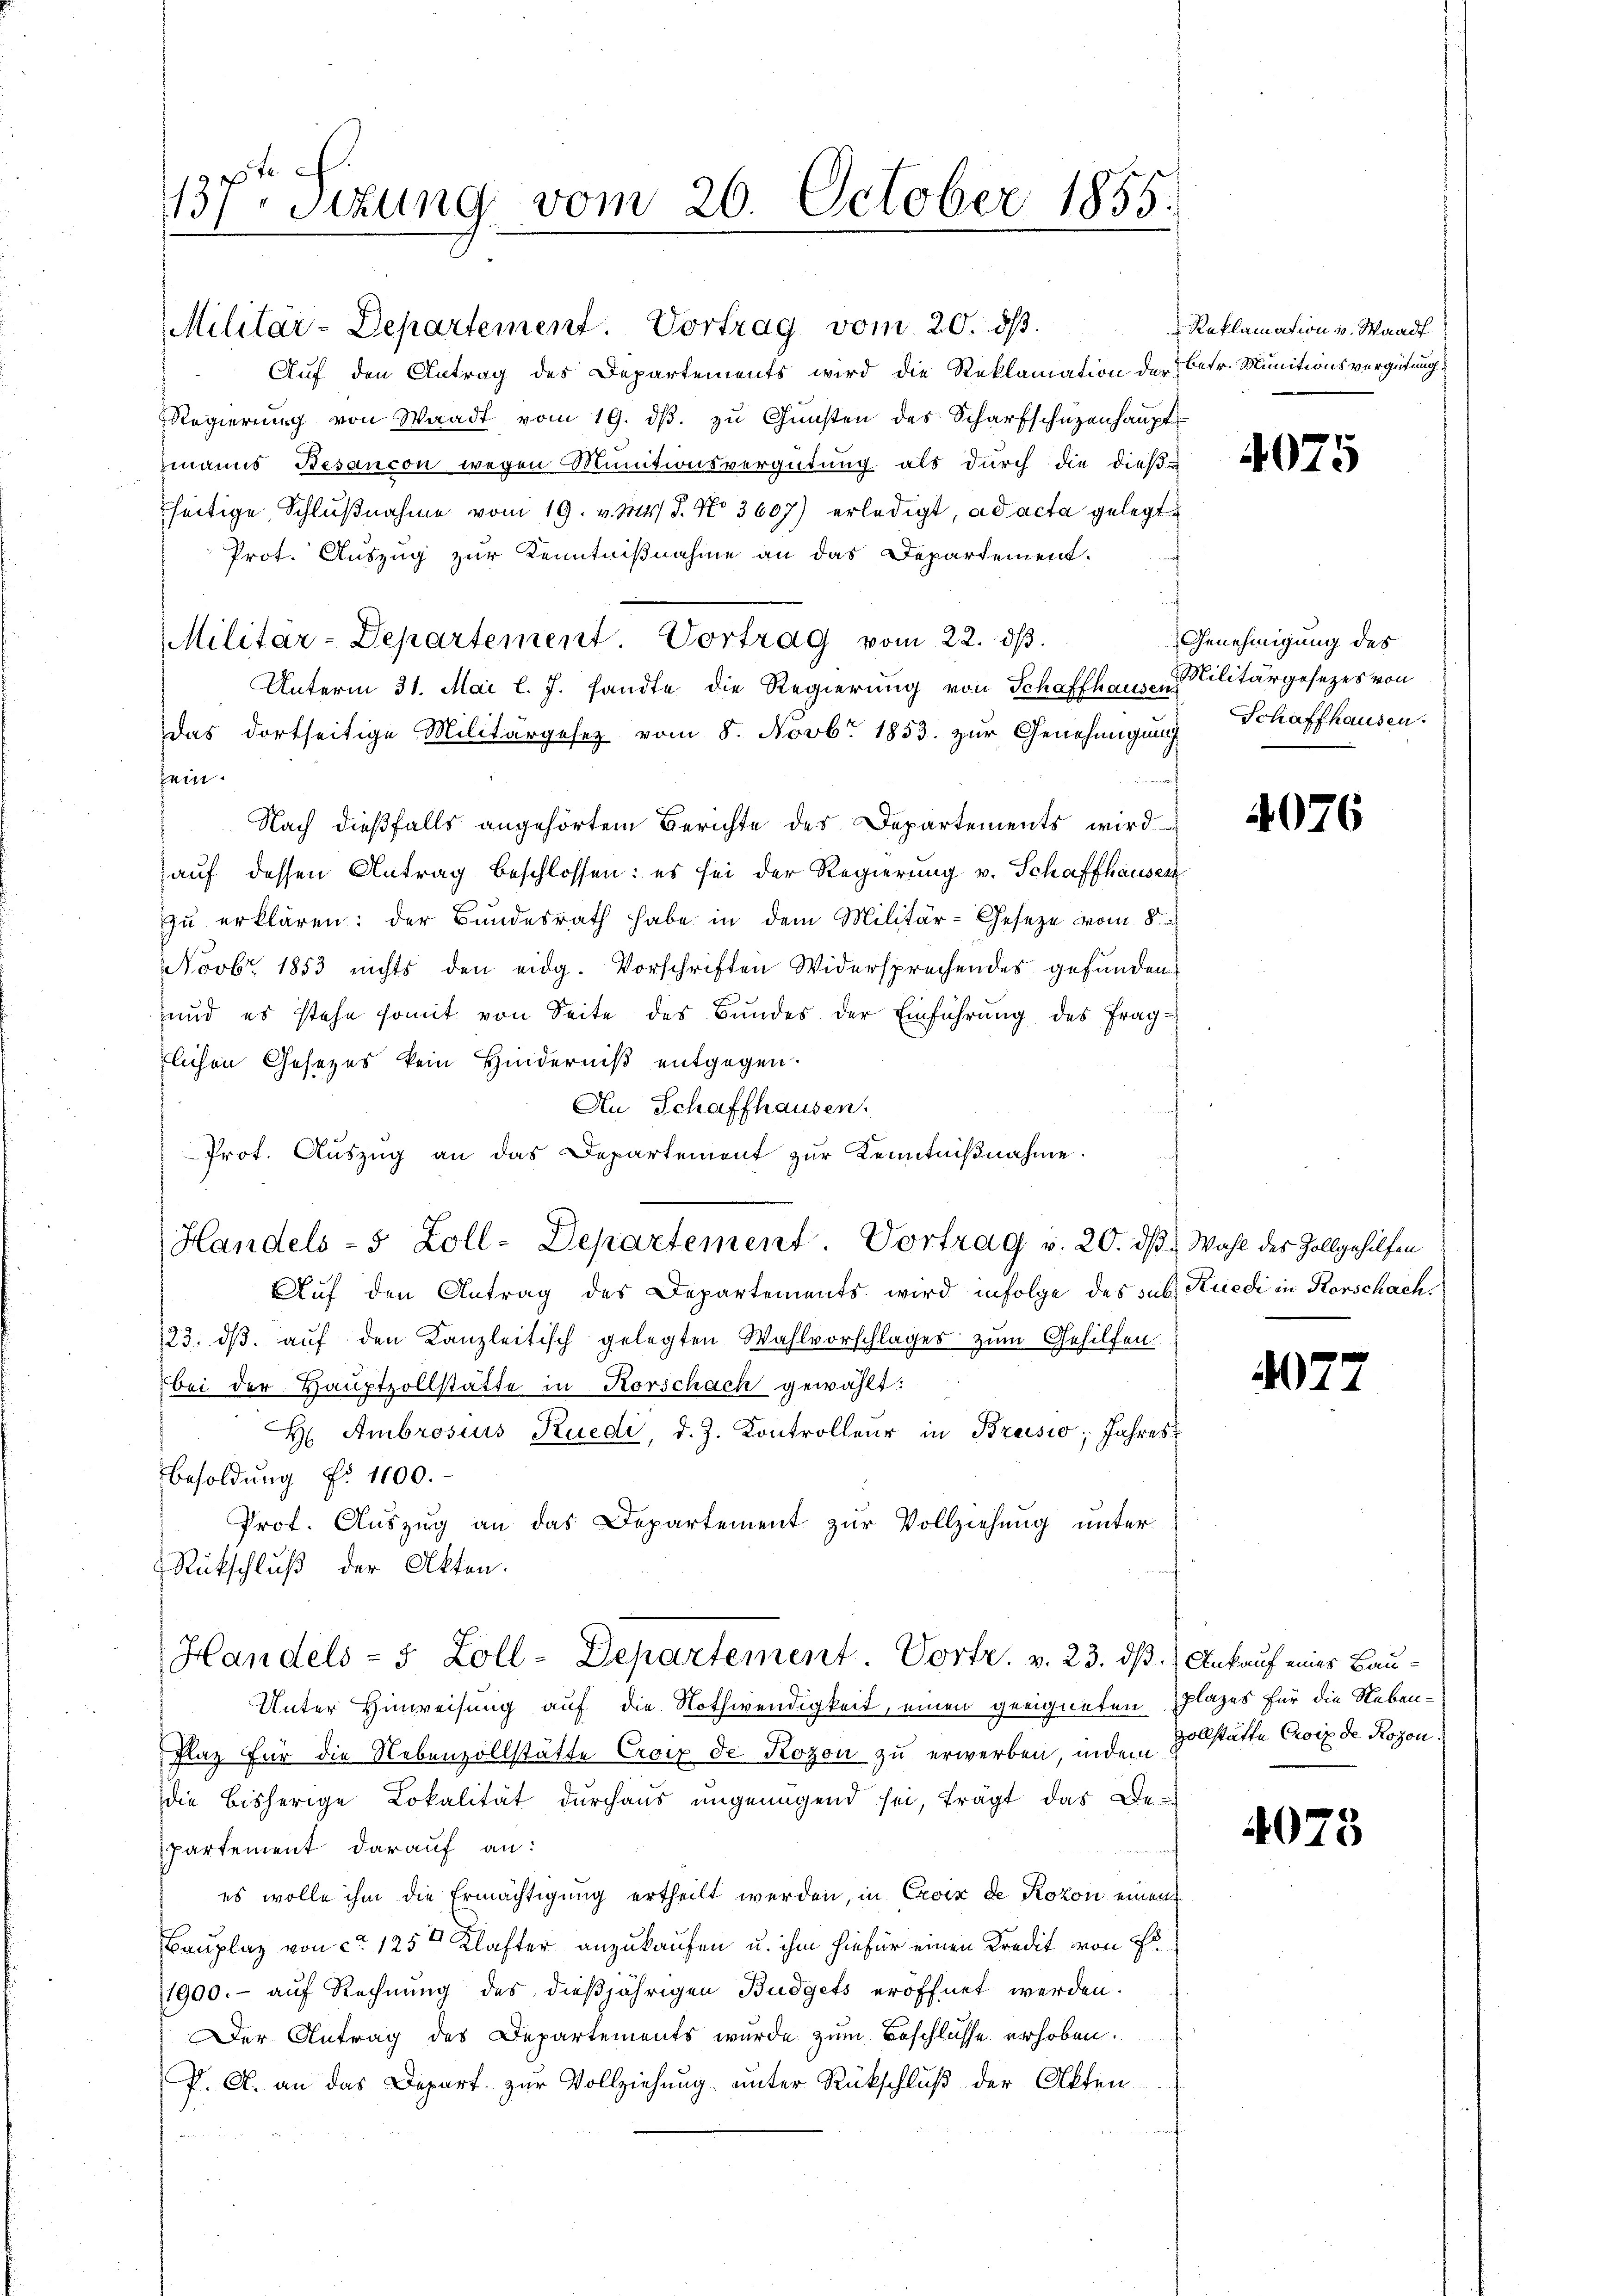
137. Sitzung vom 26. October 1855.

Militar-Departement. Vortrag vom 20. ds.
Auf den Antrag des Departements wird die Reklamation der Betr. Munitionsvergütung
Regierung von Waadt vom 19. dβ. zu Gunsten des Scharfschüzenhaupt
zmanns Besancon wegen Munitionsvergütung als durch die dieß-
heitige Schlŭβnahme vom 19. v. Mts. d. No 3607) erledigt, ad acta gelegt
Prot. Auszug zur Kenntnißnahme an das Departement.
Militar-Departement. Vortrag vom 22. dβ.
Unterm 31. Mai l. J. sandte die Regierung von Schaffhausein
Das dortseitige Militärgesetz vom 8. Novbr 1853. zur Genehmigung Schaffhausen.
fein.
.
Nach dießfalls angehörtem Berichte des Departements wird
auf dessen Antrag beschlossen: es sei der Regierung v. Schaffhausen
zu erklären: der Bundesrath habe in dem Militär-Geseze vom 8.
Novbr. 1853 nichts den eidg. Vorschriften Widersprechendes gefunden.
und es stehe somit von Seite des Bundes der Einführung des Frag-
flichen Gesetzes kein Hinderniß entgegen.
An Schaffhausen.
Prot. Auszug an das Departement zŭr Kenntniβnahme.
Handels-5 Zoll-Departement. Vortrag v. 20. ds. Wahl des Zollgehilfen
Auf den Antrag des Departements wird infolge des sub. Kredi in Rorschach
123. dβ aŭf den Kanzleitisch gelegten Wahlvorschlages zŭm Gehilfen
bei der Hauptzollstätte in Korschach gewählt:
H Ambrosius Ruedi, d. J. Kontrolleur in Brusio; Jahres¬
Besoldung No 1100.
Prot. Auszug an das Departement zur Vollziehung unter
Rückschluß der Akten.

Handels- 5 Zoll-Departement. Vortr. v. 23. ds. Ankauf eines Bau¬

Unter Hinweisung auf die Nothwendigkeit, einen geeigneten Plazes für die Neben¬
Flaz für die Nebenzollstätte Croix de Rozon zu erwerben, indem
die bisherige Lokalität durchaus ungenügend sei, trägt das Bepartement darauf an:
es wolle ihm die Ermächtigung ertheilt werden, in Croix de Rozon einen
Bauplaz von ca 125 Klafter anzukaufen u. ihm hiefür einen Kredit von Fr
1900.- auf Rechnung des dießjährigen Budgets eröffnet werden.
Der Antrag des Departements wurde zum Beschlüsse erhoben.
P. A. an das Depart. zur Vollziehung unter Rückschluß der Akten¬

Reklamation v. Waadt

4075

Genehmigung des
Militärgesezes von

4076

07.

vollstätte Croix de Rosen.

4073